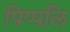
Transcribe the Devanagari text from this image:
पिप्पलि